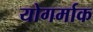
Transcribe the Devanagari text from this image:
योगर्माक